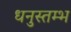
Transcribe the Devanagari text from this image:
धनुस्तम्भ